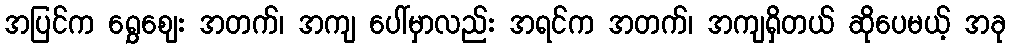
အပြင်က ရွှေဈေး အတက်၊ အကျ ပေါ်မှာလည်း အရင်က အတက်၊ အကျရှိတယ် ဆိုပေမယ့် အခု